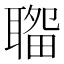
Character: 𦗎